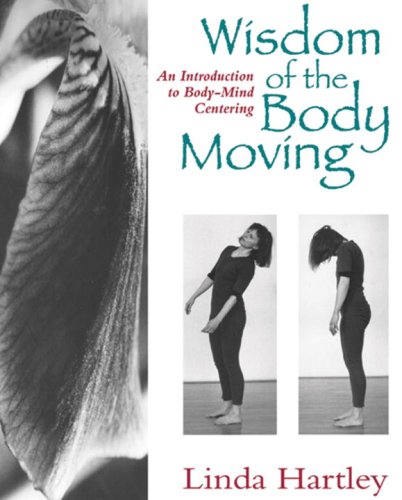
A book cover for Wisdom of the Body Moving: An Introduction to Body-Mind Centering; Linda Hartley; Health, Fitness & Dieting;